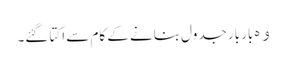
ﻭﮦ بار بار جدول بنانے کے کام سے اکتا گئے۔